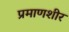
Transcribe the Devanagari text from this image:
प्रमाणशीर